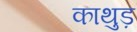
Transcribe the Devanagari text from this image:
काथुड़